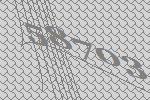
58703